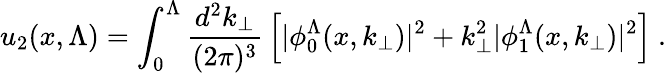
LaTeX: u_{2}(x,\Lambda)=\int_{0}^{\Lambda}{\frac{d^{2}k_{\perp}}{(2\pi)^{3}}}\left[|\phi_{0}^{\Lambda}(x,k_{\perp})|^{2}+k_{\perp}^{2}|\phi_{1}^{\Lambda}(x,k_{\perp})|^{2}\right]\ .